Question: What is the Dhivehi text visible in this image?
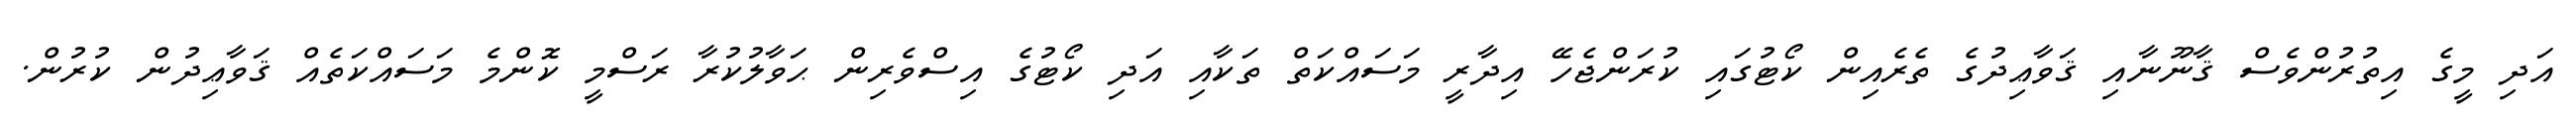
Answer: އަދި މީގެ އިތުރުންވެސް ޤާނޫނާއި ޤަވާޢިދުގެ ތެރެއިން ކޯޓުގައި ކުރަންޖެހޭ އިދާރީ މަސައްކަތް ތަކާއި އަދި ކޯޓުގެ އިސްވެރިން ޙަވާލުކުރާ ރަސްމީ ކޮންމެ މަސައްކަތެއް ޤަވާޢިދުން ކުރުން.